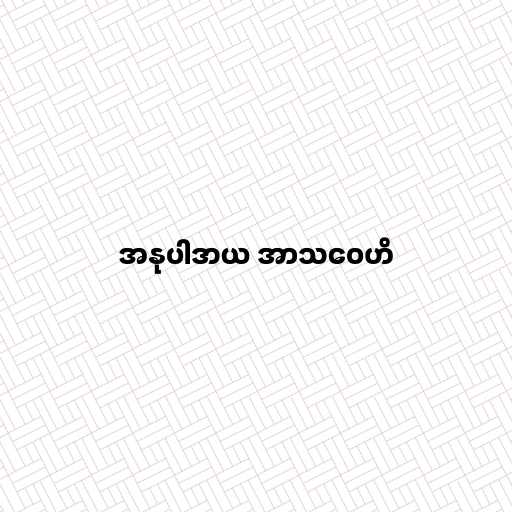
အနုပါဒာယ အာသဝေဟိ